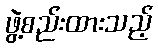
ဖွဲ့စည်းထားသည့်